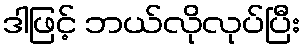
ဒါဖြင့် ဘယ်လိုလုပ်ပြီး